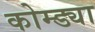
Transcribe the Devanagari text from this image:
कोम्ड्या